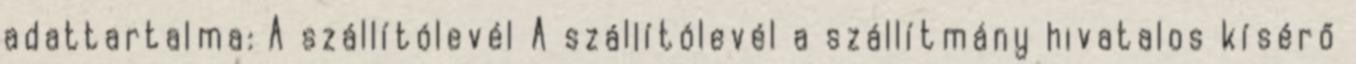
adattartalma: A szállítólevél A szállítólevél a szállítmány hivatalos kísérő